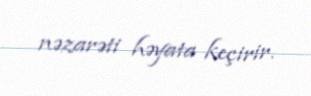
nəzarəti həyata keçirir.